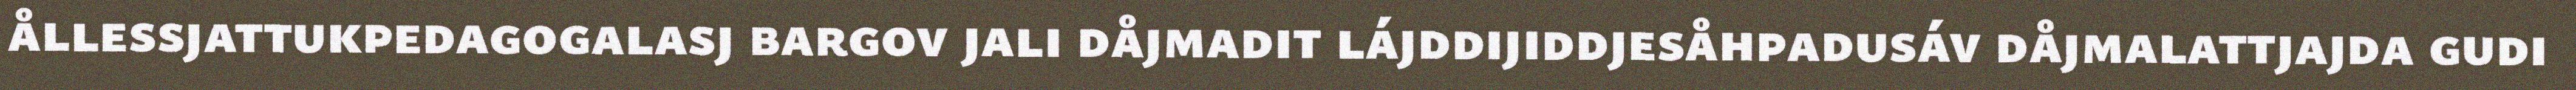
ållessjattukpedagogalasj bargov jali dåjmadit lájddijiddjesåhpadusáv dåjmalattjajda gudi